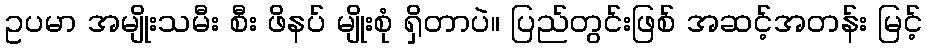
ဥပမာ အမျိုးသမီး စီး ဖိနပ် မျိုးစုံ ရှိတာပဲ။ ပြည်တွင်းဖြစ် အဆင့်အတန်း မြင့်